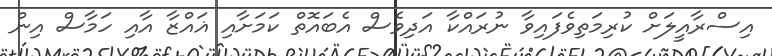
އިސްރާއީލަށް ކުރިމަތިވެފައިވާ ނުރައްކާ އަދިވެސް އެބައޮތް ކަަމަށާއި ޣައްޒާ އާއި ހަމާސް އިން